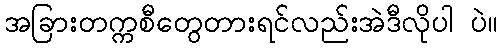
အခြားတက္ကစီတွေတားရင်လည်းအဲဒီလိုပါ ပဲ။